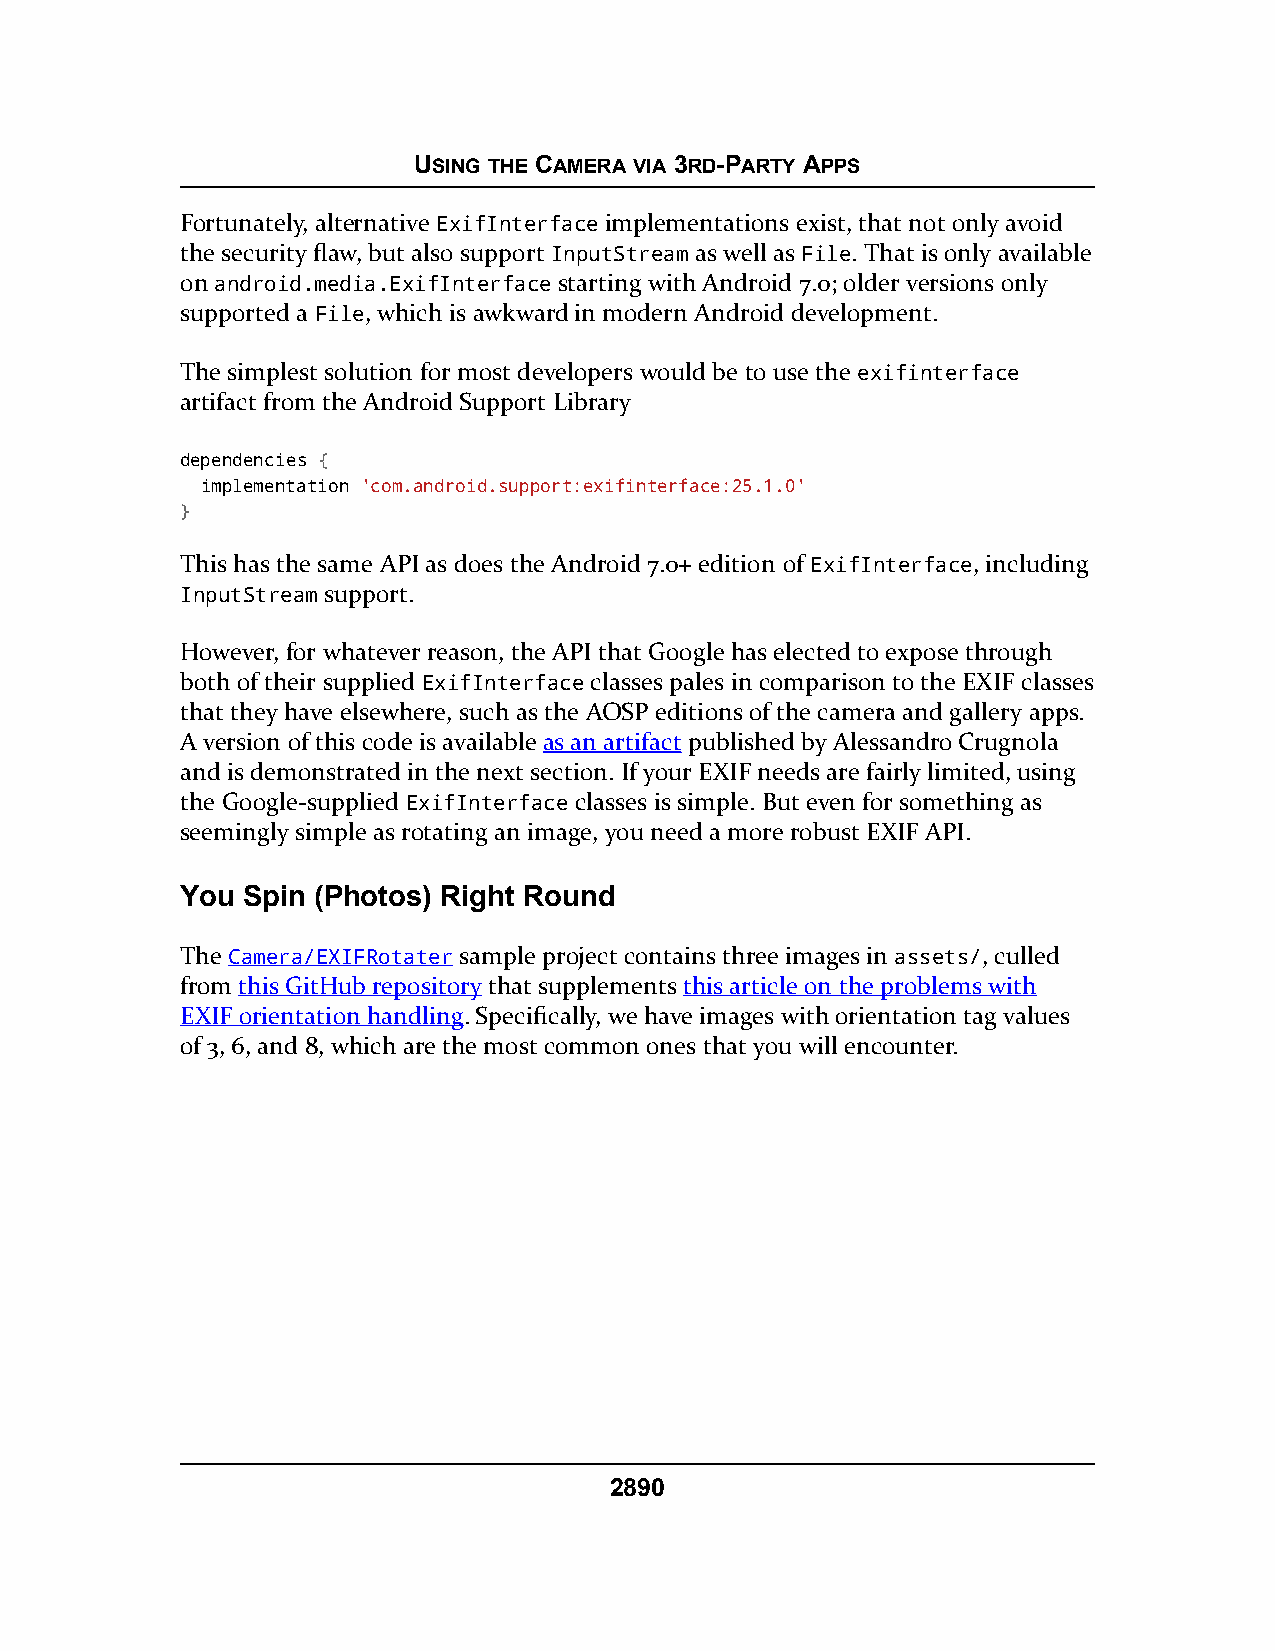
USING THE CAMERA VIA 3RD-PARTY APPS
 Fortunately, alternative ExifInterface implementations exist, that not only avoid
 the security flaw, but also support InputStream as well as File. That is only available
 on android.media.ExifInterface starting with Android 7.0; older versions only
 supported a File, which is awkward in modern Android development.
 The simplest solution for most developers would be to use the exifinterface
 artifact from the Android Support Library
 dependencies {
 implementation 'com.android.support:exifinterface:25.1.0'
 }
 This has the same API as does the Android 7.0+ edition of ExifInterface, including
 InputStream support.
 However, for whatever reason, the API that Google has elected to expose through
 both of their supplied ExifInterface classes pales in comparison to the EXIF classes
 that they have elsewhere, such as the AOSP editions of the camera and gallery apps.
 A version of this code is available as an artifact published by Alessandro Crugnola
 and is demonstrated in the next section. If your EXIF needs are fairly limited, using
 the Google-supplied ExifInterface classes is simple. But even for something as
 seemingly simple as rotating an image, you need a more robust EXIF API.
 You Spin (Photos) Right Round
 The Camera/EXIFRotater sample project contains three images in assets/, culled
 from this GitHub repository that supplements this article on the problems with
 EXIF orientation handling. Specifically, we have images with orientation tag values
 of 3, 6, and 8, which are the most common ones that you will encounter.
 2890